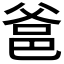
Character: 𤕕